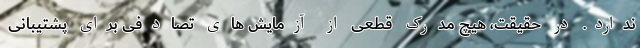
ندارد. در حقیقت، هیچ مدرک قطعی از آزمایش های تصادفی برای پشتیبانی